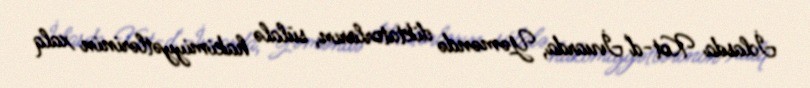
İclasda Kot-d'İvuarda, Yəməndə diktatorların, sülalə hakimiyyətlərinin xalq